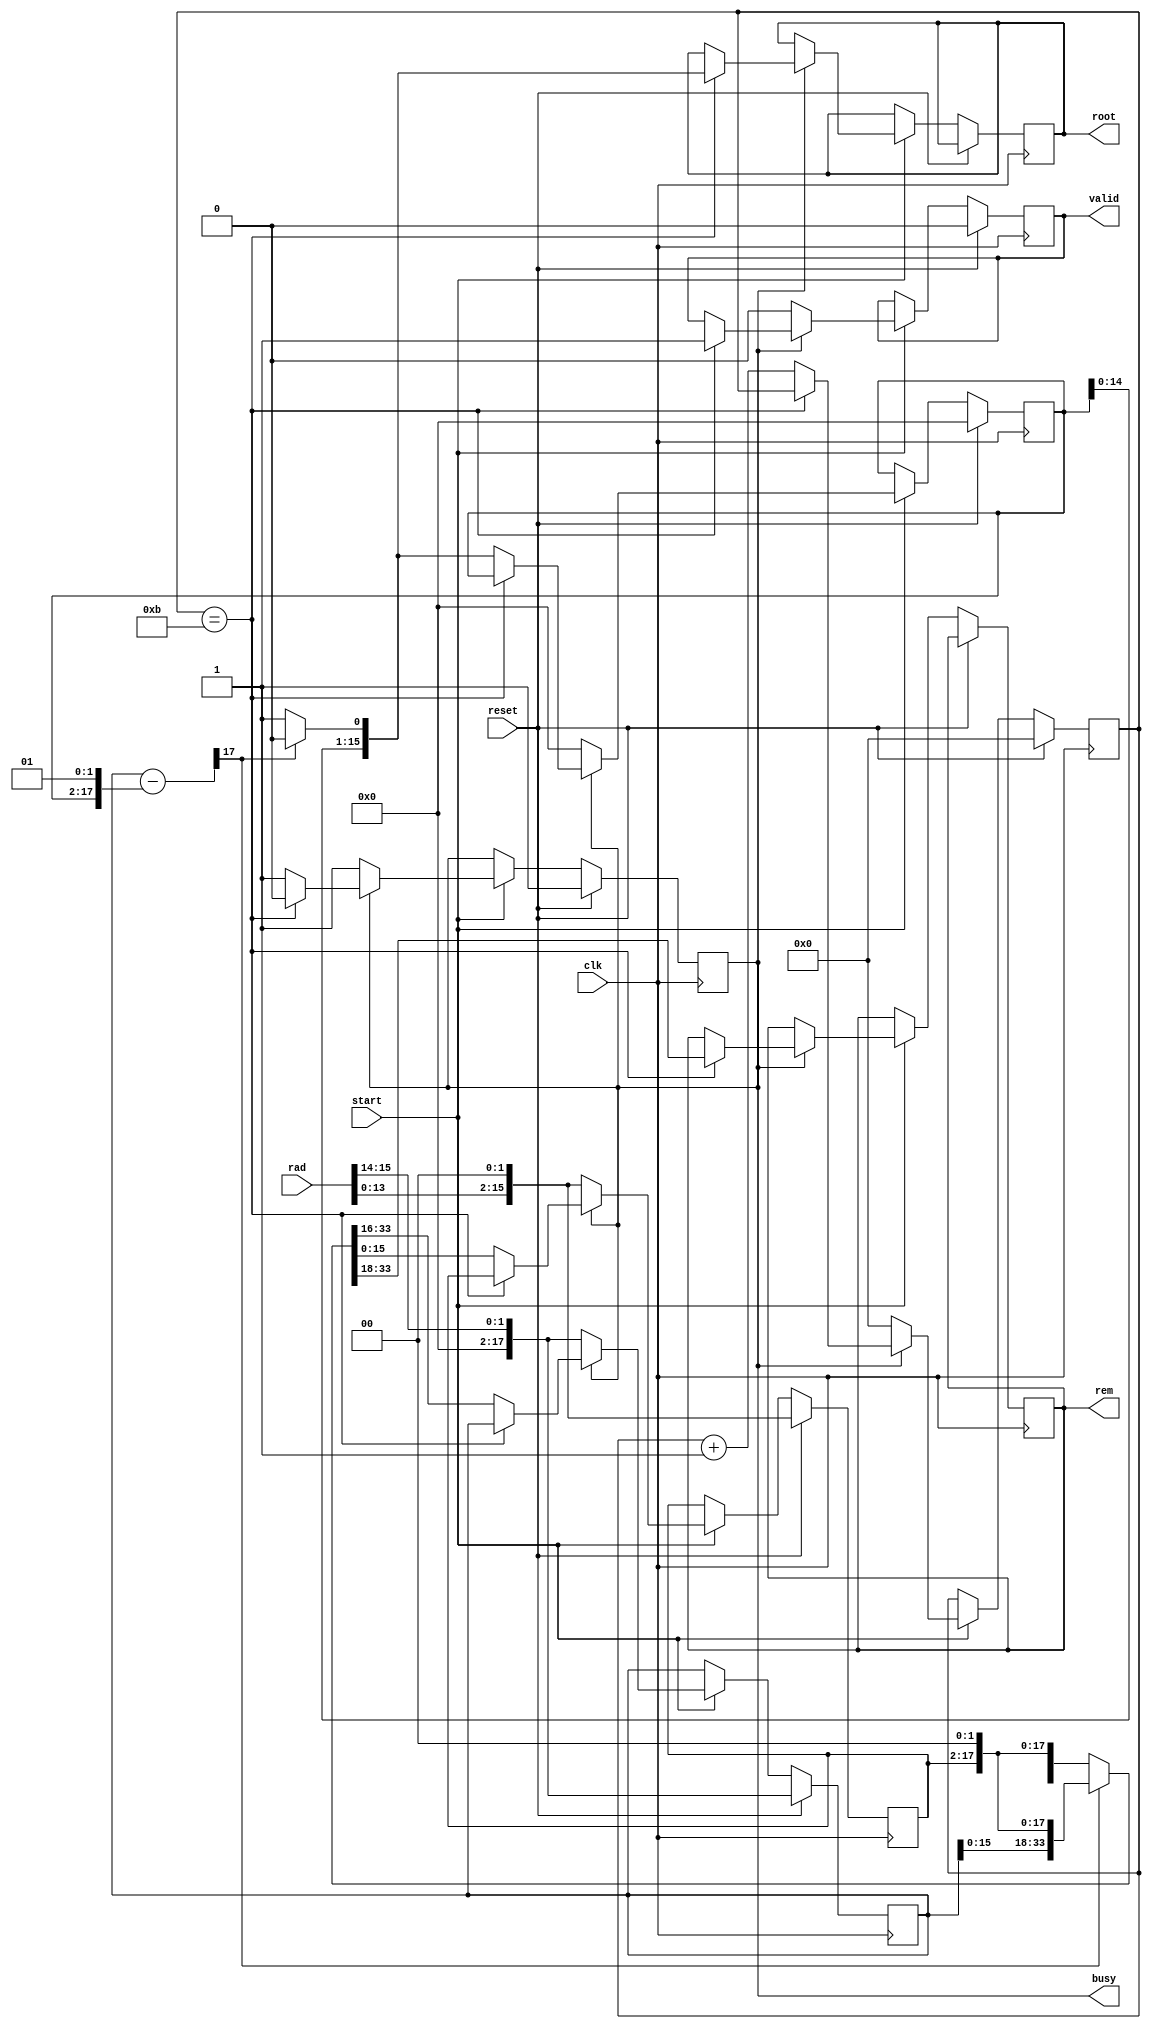
module sqrt #(
    parameter WIDTH=16,  // width of radicand
    parameter FBITS=8   // fractional bits (for fixed point)
    ) (
    input  clk,
    input  start,             // start signal
    input reset,
    input  [WIDTH-1:0] rad,  // radicand

    output  reg busy,              // calculation in progress
    output  reg valid,             // root and rem are valid
    output  reg [WIDTH-1:0] root,  // root
    output  reg [WIDTH-1:0] rem    // remainder
    );

    reg [WIDTH-1:0] x, x_next;    // radicand copy
    reg [WIDTH-1:0] q, q_next;    // intermediate root (quotient)
    reg [WIDTH+1:0] ac, ac_next;  // accumulator (2 bits wider)
    reg [WIDTH+1:0] test_res;     // sign test result (2 bits wider)

    localparam ITER = (WIDTH+FBITS) >> 1;  // iterations are half radicand+fbits width
    reg [$clog2(ITER)-1:0] i;            // iteration counter

    always @(*) begin
        test_res = ac - {q, 2'b01};
        if (test_res[WIDTH+1] == 0) begin  // test_res 0? (check MSB)
            {ac_next, x_next} = {test_res[WIDTH-1:0], x, 2'b0};
            q_next = {q[WIDTH-2:0], 1'b1};
        end else begin
            {ac_next, x_next} = {ac[WIDTH-1:0], x, 2'b0};
            q_next = q << 1;
        end
    end

    always @(posedge clk) begin
       if (reset) begin  
          valid <= 0;
          busy <= 1;
         valid <= 0;
         i <= 0;
         q <= 0;
         {ac, x} <= {{WIDTH{1'b0}}, rad, 2'b0};
       end else if (start) begin
            if (busy) begin
               if (i == ITER-1) begin  // we're done
                  busy <= 0;
                  valid <= 1;
                  root <= q_next;
                  rem <= ac_next[WIDTH+1:2];  // undo final shift
               end else begin  // next iteration
                  i <= i + 1;
                  x <= x_next;
                  ac <= ac_next;
                  q <= q_next;
               end
            end else begin
               busy <= 1;
               valid <= 0;
               i <= 0;
               q <= 0;
               {ac, x} <= {{WIDTH{1'b0}}, rad, 2'b0};
            end
        end 
    end
endmodule


module div #(
    parameter WIDTH=16,  // width of numbers in bits
    parameter FBITS=8   // fractional bits (for fixed point)
    ) (
    input  clk,
    input  start,          // start signal
    input reset,
    output reg busy,           // calculation in progress
    output reg valid,          // quotient and remainder are valid
    output reg dbz,            // divide by zero flag
    output reg ovf,            // overflow flag (fixed-point)
    input  [WIDTH-1:0] x,  // dividend
    input  [WIDTH-1:0] y,  // divisor
    output reg [WIDTH-1:0] q,  // quotient
    output reg [WIDTH-1:0] r   // remainder
    );

    // avoid negative vector width when fractional bits are not used
    localparam FBITSW = (FBITS) ? FBITS : 1;

    reg [WIDTH-1:0] y1;           // copy of divisor
    reg [WIDTH-1:0] q1, q1_next;  // intermediate quotient
    reg [WIDTH:0] ac, ac_next;    // accumulator (1 bit wider)

    localparam ITER = WIDTH+FBITS;  // iterations are dividend width + fractional bits
    reg [$clog2(ITER)-1:0] i;     // iteration counter

    always @(*) begin
        if (ac >= {1'b0,y1}) begin
            ac_next = ac - y1;
            {ac_next, q1_next} = {ac_next[WIDTH-1:0], q1, 1'b1};
        end else begin
            {ac_next, q1_next} = {ac, q1} << 1;
        end
    end

    always @(posedge clk) begin
       if(reset) begin
         valid <= 0;
         i <= 0;
         busy <= 0;
         // y1 <= y;
         {ac, q1} <= {{WIDTH{1'b0}}, x, 1'b0};
         // q1_next <= 0;
         // q <= 0;
       end else if (start) begin
            if (busy) begin
               if (i == ITER-1) begin  // done
                  busy <= 0;
                  valid <= 1;
                  q <= q1_next;
                  r <= ac_next[WIDTH:1];  // undo final shift
               end else if (i == WIDTH-1 && q1_next[WIDTH-1:WIDTH-FBITSW]) begin // overflow?
                  busy <= 0;
                  ovf <= 1;
                  q <= 0;
                  r <= 0;
               end else begin  // next iteration
                  i <= i + 1;
                  ac <= ac_next;
                  q1 <= q1_next;
               end
            end else begin   
               valid <= 0;
               ovf <= 0;
               i <= 0;
               if (y == 0) begin  // catch divide by zero
                  busy <= 0;
                  dbz <= 1;
               end else begin
                  busy <= 1;
                  dbz <= 0;
                  y1 <= y;
                  {ac, q1} <= {{WIDTH{1'b0}}, x, 1'b0};
               end
            end
        end 
    end
endmodule



module cd
    #(
    parameter WIDTH=16,  // width of numbers in bits
    parameter FBITS=8  
    )
    (
   input clk,
   input start,
   input reset,

   input signed [WIDTH-1:0] h1, h2, h3, h4,

   output reg signed [WIDTH-1:0] q1, q2, q3, q4, norm, // q1 = h1 / sqrt (h1 ^ 2 + h2 ^ 2)
                              // q2 = h2 / sqrt (h1 ^ 2 + h2 ^ 2)

   output reg finish
);

   reg signed [2*WIDTH - 1:0] h1p, h2p, h3p, h4p;
   reg signed [WIDTH - 1: 0] a1, a2, a3, a4;



   reg signed [WIDTH-1:0] rad , x, y;
   reg sq_start, dv_start;
   wire signed [WIDTH - 1: 0] root, rem, q, r;
   wire sq_busy, sq_valid, dv_busy, dv_valid, dv_ovf, dv_dbz;

   

   sqrt sq (
      .clk (clk),
      .busy (sq_busy),
      .valid (sq_valid),
      .start (sq_start),
      .reset (reset),

      .rad (rad),
      .root (root),
      .rem (rem)

   );

   

   div dv (
      .clk (clk),
      .busy (dv_busy),
      .valid (dv_valid),
      .start (dv_start),
      .ovf (dv_ovf),
      .dbz (dv_dbz),
      .reset (reset),

      .x (x),
      .y (y),
      .q (q),
      .r (r)

   );

   integer cnt = 0;

   always @(reset) begin
      if(reset) begin
         cnt = 0;
         finish = 0;
         h1p = 0 ;
         h2p = 0;
         h3p = 0;
         h4p = 0;
         a1 = 0;
         a2 = 0;
         a3 = 0;
         a4 = 0;
         rad = 0;
         x = 0;
         y = 0;
         sq_start = 0;
         dv_start = 0;
      end
   end


   always @(posedge clk) begin
      if(start) begin
         h1p = h1 * h1;
         h2p = h2 * h2;
         h3p = h3 * h3;
         h4p = h4 * h4;
         a1 = h1p[WIDTH / 2 * 3 - 1: WIDTH / 2];
         a2 = h2p[WIDTH / 2 * 3 - 1: WIDTH / 2];
         a3 = h3p[WIDTH / 2 * 3 - 1: WIDTH / 2];
         a4 = h4p[WIDTH / 2 * 3 - 1: WIDTH / 2];
         rad = a1 + a2 + a3 + a4;
         sq_start <= 1;
         if(sq_valid) begin
            y <= root;
            norm <= root;
            dv_start <= 1;
         end
         if(cnt == 0) begin 
               if(h1 < 0) begin
                  x = 0 - h1;
               end else begin
                  x = h1;
               end
               
         end else if(cnt == 1) begin 
               if(h2 < 0) begin
                  x = 0 - h2;
               end else begin
                  x = h2;
               end
            end
            else if(cnt == 5) begin 
               if(h3 < 0) begin
                  x = 0 - h3;
               end else begin
                  x = h3;
               end
            end
            else if (cnt == 7) begin 
               if(h4 < 0) begin
                  x = 0 - h4;
               end else begin
                  x = h4;
               end
            end
         if(dv_valid) begin
            cnt = cnt + 1;
            if(cnt == 1) begin 
               if(h1< 0) begin
                  q1 = 0 - q;
               end else begin
                  q1 = q;
               end
            end

            else if(cnt == 4) begin
               if(h2< 0) begin
                  q2 = 0 - q;
               end else begin
                  q2 = q;
               end

            end
             else if(cnt == 8) begin
               if(h3< 0) begin
                  q3 = 0 - q;
               end else begin
                  q3 = q;
               end
               
            end
             else if(cnt == 12) begin
               if(h4< 0) begin
                  q4 = 0 - q;
               end else begin
                  q4 = q;
               end
               finish = 1;
            
            end

            else begin
               finish = 0;
               // q1 = 0;
               // q2 = 0;
            end
         end
            

         // $display("%b", a1);
         // $display("%b", a2);

         
         
         
      end
   end
   
   

endmodule


// module norm_controller (
//    input clk
// );


// endmodule